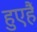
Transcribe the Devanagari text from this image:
हुएहैं